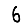
Digit: 6